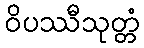
ဝိပဿီသုတ္တံ